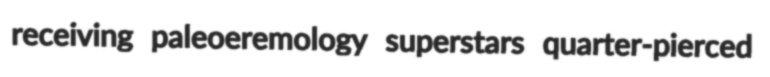
receiving paleoeremology superstars quarter-pierced